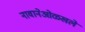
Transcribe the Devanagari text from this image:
नावानेओळखले